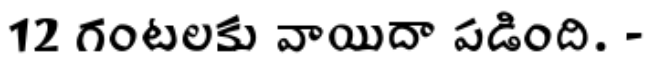
12 గంటలకు వాయిదా పడింది. -